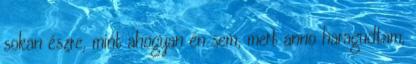
sokan észre, mint ahogyan én sem, mert anno haragudtam,